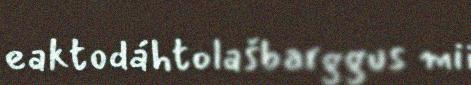
eaktodáhtolašbarggus mii